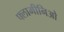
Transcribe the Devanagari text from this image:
फ्लामीनिओ